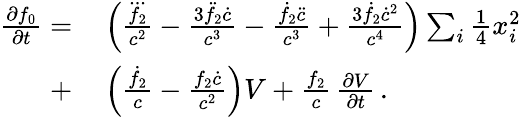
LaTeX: \begin{array}{rl}{\frac{\partial f_{0}}{\partial t}=}&{{}\left(\frac{\dddot{f_{2}}}{c^{2}}-\frac{3\ddot{f}_{2}\dot{c}}{c^{3}}-\frac{\dot{f}_{2}\ddot{c}}{c^{3}}+\frac{3\dot{f}_{2}\dot{c}^{2}}{c^{4}}\right)\sum_{i}{\textstyle\frac{1}{4}}x_{i}^{2}}\\ {+}&{{}\left(\frac{\dot{f}_{2}}{c}-\frac{f_{2}\dot{c}}{c^{2}}\right)V+\frac{f_{2}}{c}\, \frac{\partial V}{\partial t}\, .}\end{array}